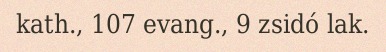
kath., 107 evang., 9 zsidó lak.